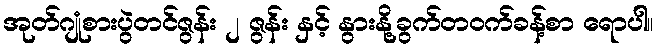
အုတ်ဂျုံစားပွဲတင်ဇွန်း ၂ ဇွန်း နှင့် နွားနို့ခွက်တဝက်ခန့်စာ ရောပါ။